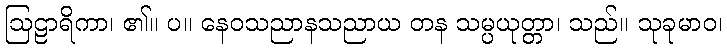
ဩဠာရိကာ၊ ၏။ ပ။ နေဝသညာနသညာယ တန သမ္ပယုတ္တာ၊ သည်။ သုခုမာဝ၊